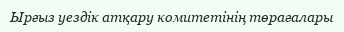
Ырғыз уездік атқару комитетінің төрағалары